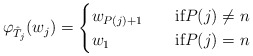
\begin{align*}\varphi_{\hat T_j}(w_j)=\begin{cases} w_{P(j)+1}&\quad\mbox{if}P(j)\ne n\\w_1&\quad\mbox{if}P(j)=n\end{cases}\end{align*}